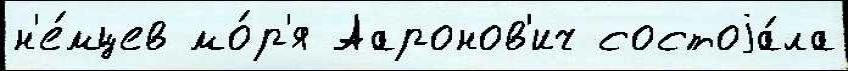
н'е́мцев мо́р'я Ааронов'ич состоjа́ла